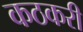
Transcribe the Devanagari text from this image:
कठकरी